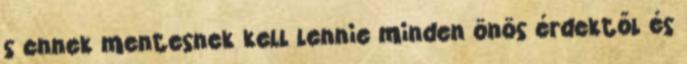
s ennek mentesnek kell lennie minden önös érdektől és